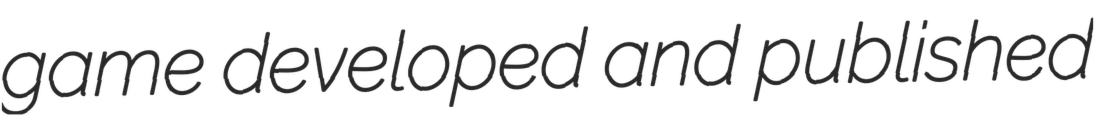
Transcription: game developed and published